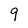
Character: 9